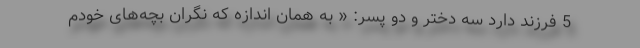
5 فرزند دارد سه دختر و دو پسر: « به همان اندازه که نگران بچه‌های خودم